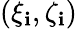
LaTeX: (\xi_{\mathbf{i}},\zeta_{\mathbf{i}})